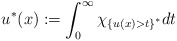
\begin{align*}u^{\ast}(x):=\int_0^{\infty}\chi_{\left\{u(x)>t\right\}^{\ast}}dt\end{align*}